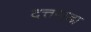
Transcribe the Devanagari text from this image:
दत्तपाडा